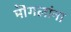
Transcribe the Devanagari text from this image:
मॊगलांना